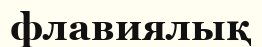
флавиялық